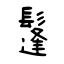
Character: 鬔